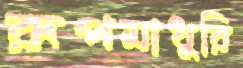
রূপমাধুরি